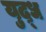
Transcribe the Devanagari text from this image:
युद़्ध